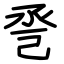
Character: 巹